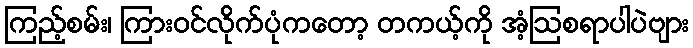
ကြည့်စမ်း၊ ကြားဝင်လိုက်ပုံကတော့ တကယ့်ကို အံ့ဩစရာပါပဲဗျား